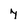
Character: 7